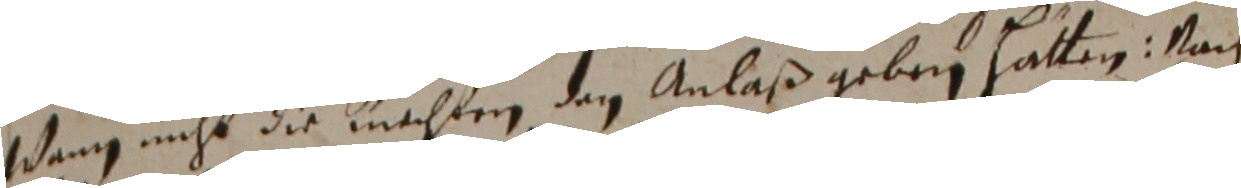
Wann nicht die machten den anlaß geben hatten: Nach